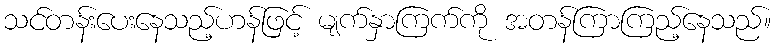
သင်တန်းပေးနေသည့်ဟန်ဖြင့် မျက်နှာကြက်ကို အတန်ကြာကြည့်နေသည်။